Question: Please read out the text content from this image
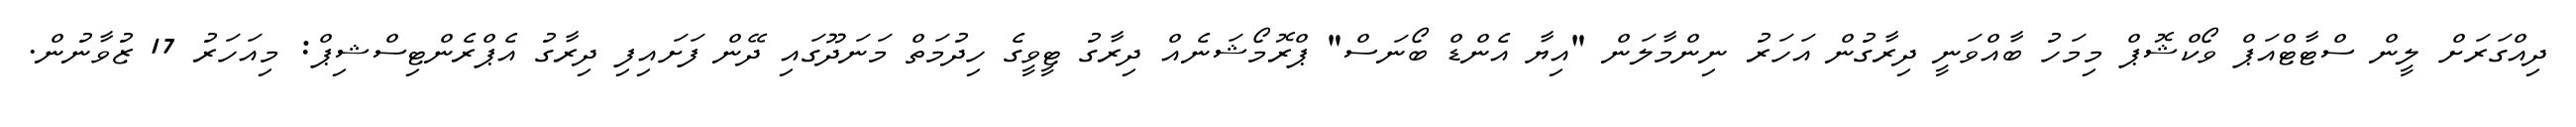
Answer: ދިއްގަރަށް ލީން ސްޓާޓްއަޕް ވޯކްޝޮޕް މިމަހު ބާއްވަނީ ދިރާގުން އަހަރު ނިންމާލަން "އިޔާ އެންޑް ބޯނަސް" ޕްރޮމޯޝަނެއް ދިރާގު ޓީވީގެ ހިދުމަތް މަނަދޫގައި ދޭން ފަށައިފި ދިރާގު އެޕްރެންޓިސްޝިޕް: މިއަހަރު 17 ޒުވާނުން.